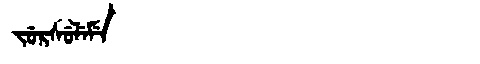
Manchu: ᠵᡠᡵᠰᡠᠯᡝᠮᡝ
Romanization: JURSULEME